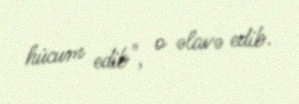
hücum edib", o əlavə edib.